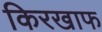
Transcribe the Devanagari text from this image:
किरखाफ